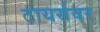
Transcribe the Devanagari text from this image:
टायर्सवर